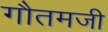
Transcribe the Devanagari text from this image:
गौतमजी